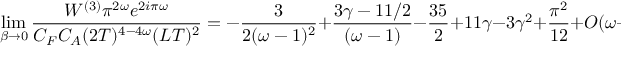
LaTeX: \operatorname * { l i m } _ { \beta \to 0 } { \frac { { \cal W } ^ { ( 3 ) } \pi ^ { 2 \omega } e ^ { 2 i \pi \omega } } { C _ { F } C _ { A } ( 2 T ) ^ { 4 - 4 \omega } ( L T ) ^ { 2 } } } = - { \frac { 3 } { 2 ( \omega - 1 ) ^ { 2 } } } + { \frac { 3 \gamma - 1 1 / 2 } { ( \omega - 1 ) } } - { \frac { 3 5 } { 2 } } + 1 1 \gamma - 3 \gamma ^ { 2 } + { \frac { \pi ^ { 2 } } { 1 2 } } + { \cal O } ( \omega - 1 ) \ .